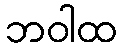
ဘဝါထ